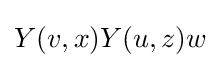
Y(v,x)Y(u,z)w